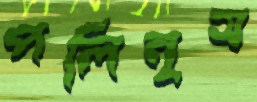
পলিনুস